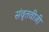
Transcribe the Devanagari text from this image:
संवृतवीजी